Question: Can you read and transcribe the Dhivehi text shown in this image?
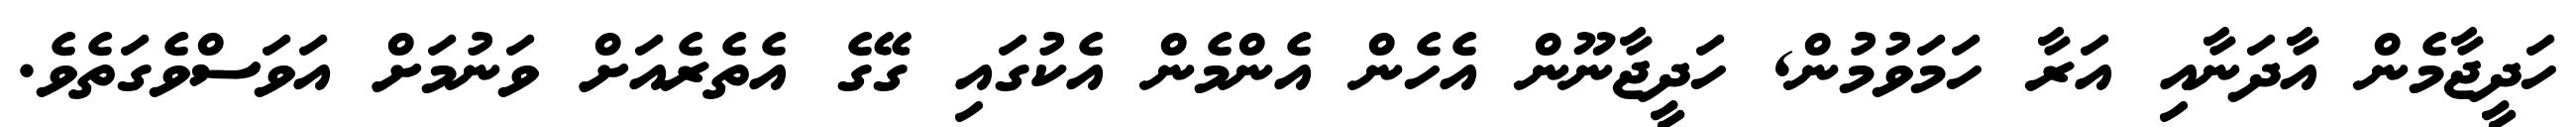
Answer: ހަދީޖާމެން އާދަނާއި އަރާ ހަމަވުމުން, ހަދީޖާނޫން އެހެން އެންމެން އެކުގައި ގޭގެ އެތެރެއަށް ވަނުމަށް އަވަސްވެގަތެވެ.